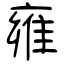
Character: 雍